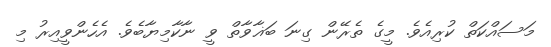
މަސައްކަތް ކުރިއެވެ. މީގެ ތެރޭން ގިނަ ބަޣާވާތް ވީ ނާކާމިޔާބެވެ. އެހެންވީއިރު މި